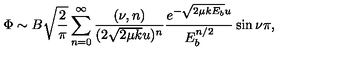
\Phi \sim B \sqrt { \frac { 2 } { \pi } } \sum _ { n = 0 } ^ { \infty } \frac { ( \nu , n ) } { ( 2 \sqrt { 2 \mu k } u ) ^ { n } } \frac { e ^ { - \sqrt { 2 \mu k E _ { b } } u } } { E _ { b } ^ { n / 2 } } \sin { \nu \pi } ,